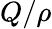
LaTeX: Q/\rho